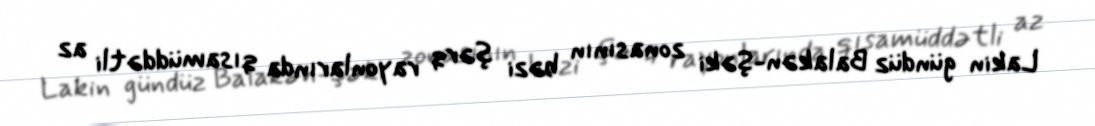
Lakin gündüz Balakən-Şəki zonasının bəzi şərq rayonlarında qısamüddətli az